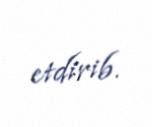
etdirib.